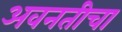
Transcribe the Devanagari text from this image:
अवनतीचा